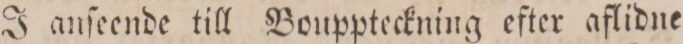
J anſeende till Bouppteckning efter aflidne